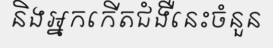
និងអ្នកកើតជំងឺនេះចំនួន